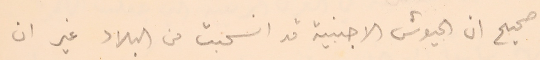
صحيح ان الجيوش الاجنبية قد انسحبت من البلاد غير ان